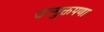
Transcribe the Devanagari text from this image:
उन्मुक्तपणा